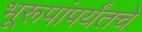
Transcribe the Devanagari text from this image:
भूरूपांपर्यंतचे